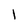
Character: I